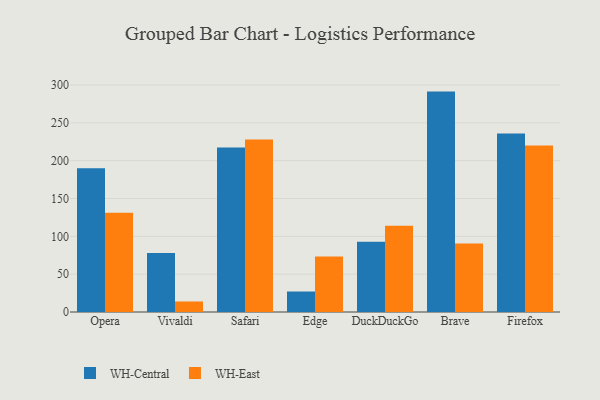
{"axis": {"x": "Browser", "y": "Conversion Rate (%)"}, "legend": ["WH-Central", "WH-East"], "data": [{"x": "Opera", "y": 189.9, "type": "WH-Central"}, {"x": "Opera", "y": 131.1, "type": "WH-East"}, {"x": "Vivaldi", "y": 78.0, "type": "WH-Central"}, {"x": "Vivaldi", "y": 13.9, "type": "WH-East"}, {"x": "Safari", "y": 217.5, "type": "WH-Central"}, {"x": "Safari", "y": 228.1, "type": "WH-East"}, {"x": "Edge", "y": 27.1, "type": "WH-Central"}, {"x": "Edge", "y": 73.2, "type": "WH-East"}, {"x": "DuckDuckGo", "y": 93.0, "type": "WH-Central"}, {"x": "DuckDuckGo", "y": 114.1, "type": "WH-East"}, {"x": "Brave", "y": 291.3, "type": "WH-Central"}, {"x": "Brave", "y": 90.4, "type": "WH-East"}, {"x": "Firefox", "y": 235.8, "type": "WH-Central"}, {"x": "Firefox", "y": 220.2, "type": "WH-East"}]}